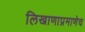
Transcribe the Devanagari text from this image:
लिखाणाप्रमाणेच